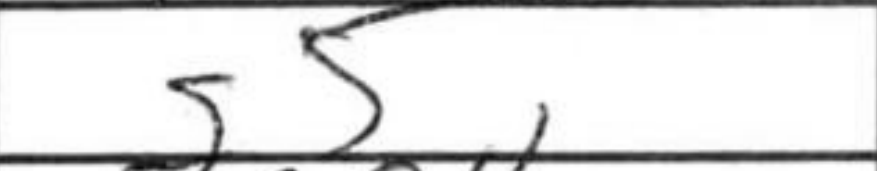
Transcription: g5